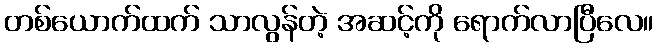
တစ်ယောက်ထက် သာလွန်တဲ့ အဆင့်ကို ရောက်လာပြီလေ။